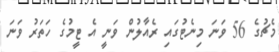
މެޗުގެ 56 ވަނަ މިނެޓުގައި ރެއާލުން ވަނީ އެ ޓީމުގެ ހަތަރު ވަނަ